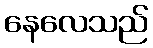
နေလေသည်